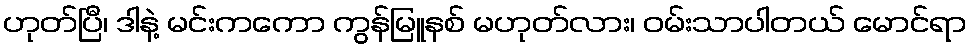
ဟုတ်ပြီ၊ ဒါနဲ့ မင်းကကော ကွန်မြူနစ် မဟုတ်လား၊ ဝမ်းသာပါတယ် မောင်ရာ